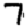
Digit: 7